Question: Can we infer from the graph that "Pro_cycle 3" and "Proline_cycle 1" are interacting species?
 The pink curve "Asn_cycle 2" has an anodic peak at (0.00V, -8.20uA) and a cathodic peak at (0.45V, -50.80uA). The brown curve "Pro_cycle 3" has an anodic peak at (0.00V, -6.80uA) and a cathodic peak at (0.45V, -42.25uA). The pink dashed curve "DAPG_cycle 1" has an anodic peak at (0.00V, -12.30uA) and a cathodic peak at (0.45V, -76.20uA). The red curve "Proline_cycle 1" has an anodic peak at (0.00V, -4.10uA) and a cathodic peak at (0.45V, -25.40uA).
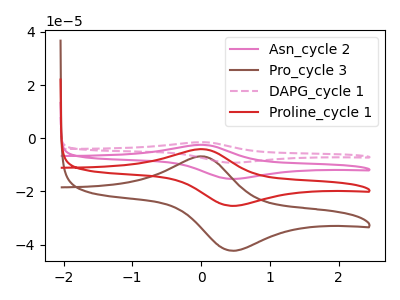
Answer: <think>All the peaks in "Pro_cycle 3" have a peak in "Proline_cycle 1" at the same potential.
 </think>
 <answer>No, "Pro_cycle 3" and "Proline_cycle 1" don't appear to be significantly different in shape</answer>
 <eval>no_change</eval>